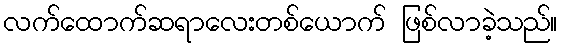
လက်ထောက်ဆရာလေးတစ်ယောက် ဖြစ်လာခဲ့သည်။